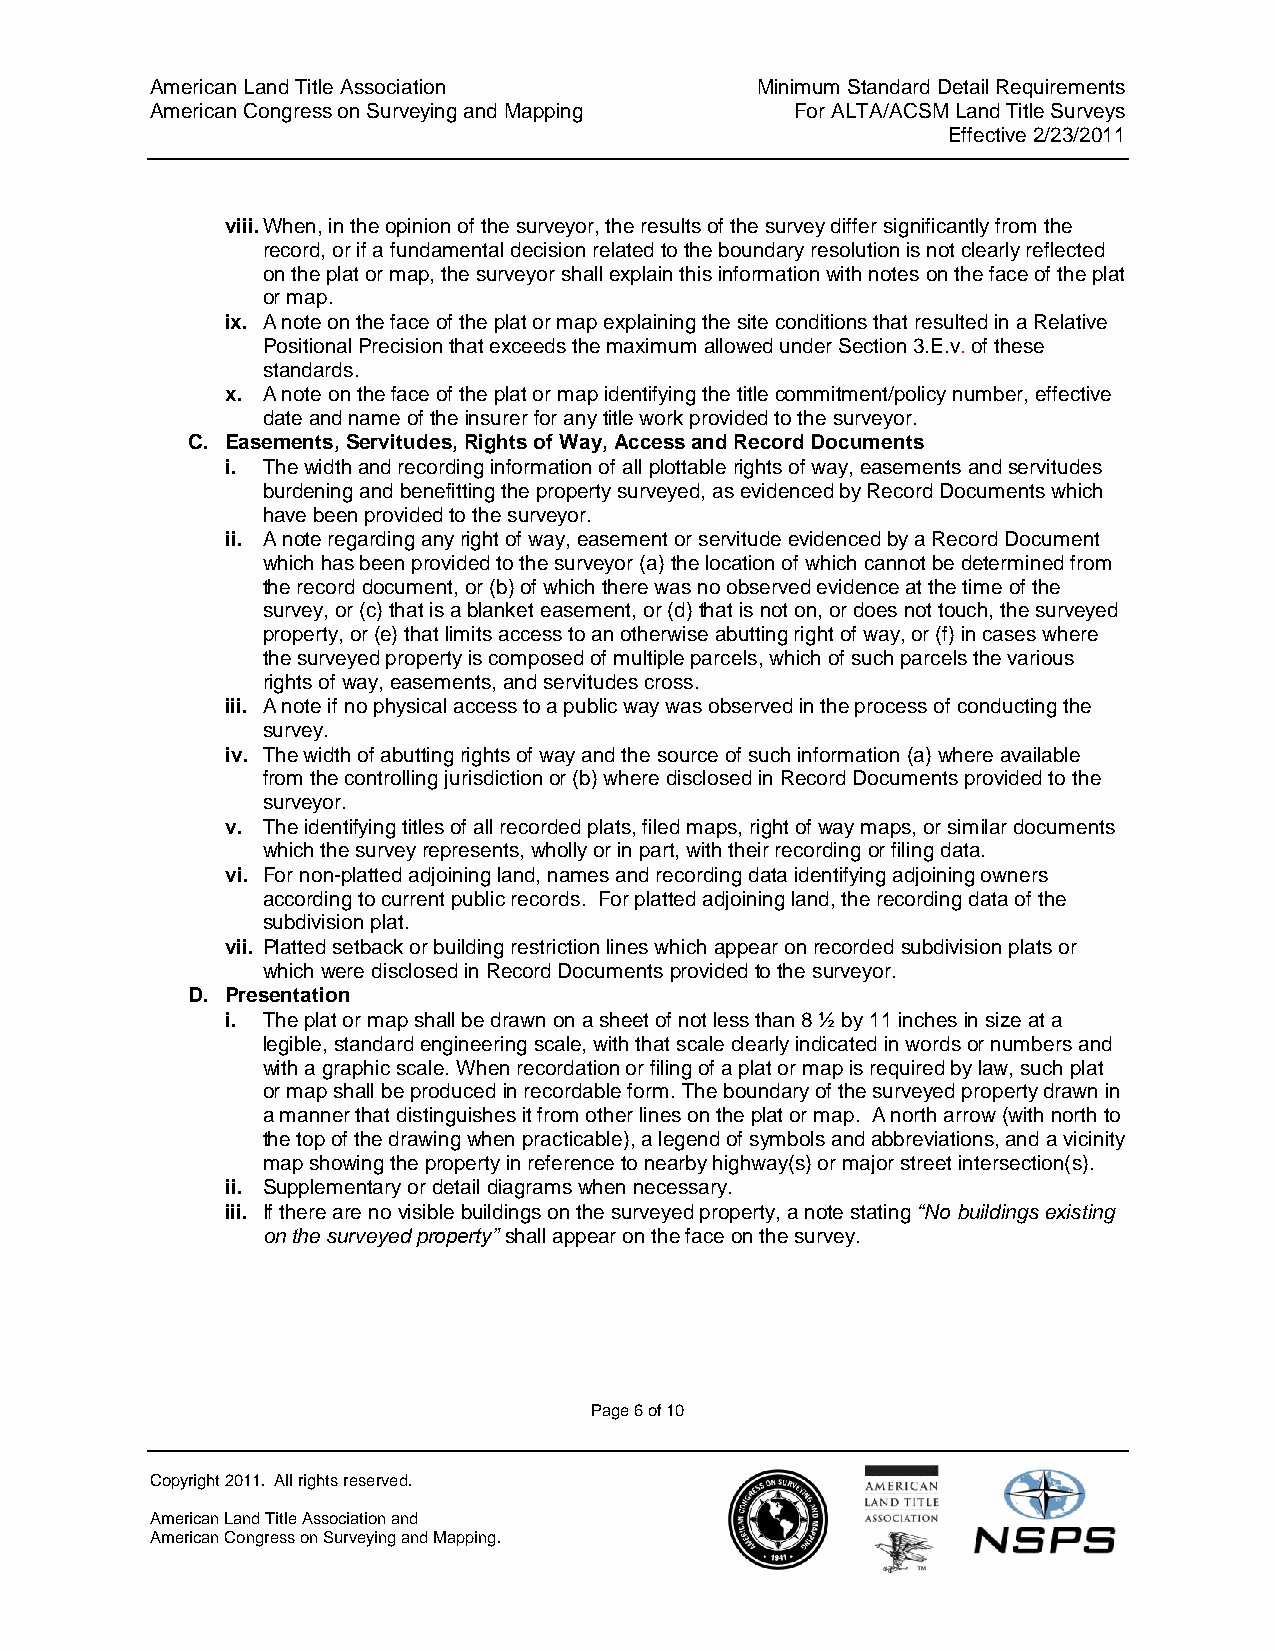
American Land Title Association         Minimum Standard Detail Requirements
 American Congress on Surveying and Mapping For ALTA/ACSM Land Title Surveys
 Effective 2/23/2011
 viii. When, in the opinion of the surveyor, the results of the survey differ significantly from the
 record, or if a fundamental decision related to the boundary resolution is not clearly reflected
 on the plat or map, the surveyor shall explain this information with notes on the face of the plat
 or map.
 ix. A note on the face of the plat or map explaining the site conditions that resulted in a Relative
 Positional Precision that exceeds the maximum allowed under Section 3.E.v. of these
 standards.
 x. A note on the face of the plat or map identifying the title commitment/policy number, effective
 date and name of the insurer for any title work provided to the surveyor.
 C. Easements, Servitudes, Rights of Way, Access and Record Documents
 i. The width and recording information of all plottable rights of way, easements and servitudes
 burdening and benefitting the property surveyed, as evidenced by Record Documents which
 have been provided to the surveyor.
 ii. A note regarding any right of way, easement or servitude evidenced by a Record Document
 which has been provided to the surveyor (a) the location of which cannot be determined from
 the record document, or (b) of which there was no observed evidence at the time of the
 survey, or (c) that is a blanket easement, or (d) that is not on, or does not touch, the surveyed
 property, or (e) that limits access to an otherwise abutting right of way, or (f) in cases where
 the surveyed property is composed of multiple parcels, which of such parcels the various
 rights of way, easements, and servitudes cross.
 iii. A note if no physical access to a public way was observed in the process of conducting the
 survey.
 iv. The width of abutting rights of way and the source of such information (a) where available
 from the controlling jurisdiction or (b) where disclosed in Record Documents provided to the
 surveyor.
 v. The identifying titles of all recorded plats, filed maps, right of way maps, or similar documents
 which the survey represents, wholly or in part, with their recording or filing data.
 vi. For non-platted adjoining land, names and recording data identifying adjoining owners
 according to current public records. For platted adjoining land, the recording data of the
 subdivision plat.
 vii. Platted setback or building restriction lines which appear on recorded subdivision plats or
 which were disclosed in Record Documents provided to the surveyor.
 D. Presentation
 i. The plat or map shall be drawn on a sheet of not less than 8 ½ by 11 inches in size at a
 legible, standard engineering scale, with that scale clearly indicated in words or numbers and
 with a graphic scale. When recordation or filing of a plat or map is required by law, such plat
 or map shall be produced in recordable form. The boundary of the surveyed property drawn in
 a manner that distinguishes it from other lines on the plat or map. A north arrow (with north to
 the top of the drawing when practicable), a legend of symbols and abbreviations, and a vicinity
 map showing the property in reference to nearby highway(s) or major street intersection(s).
 ii. Supplementary or detail diagrams when necessary.
 iii. If there are no visible buildings on the surveyed property, a note stating “No buildings existing
 on the surveyed property” shall appear on the face on the survey.
 Page 6 of 10
 Copyright 2011. All rights reserved.
 American Land Title Association and
 American Congress on Surveying and Mapping.